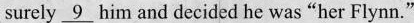
surely \underline{9} him and decided he was"her Flynn."